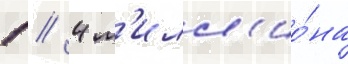
1 // 4 м'илл'ио́на